Civil Veterinary Dept. North-West Frontier Province 1933-46 - 1933-1946
Year: 1933
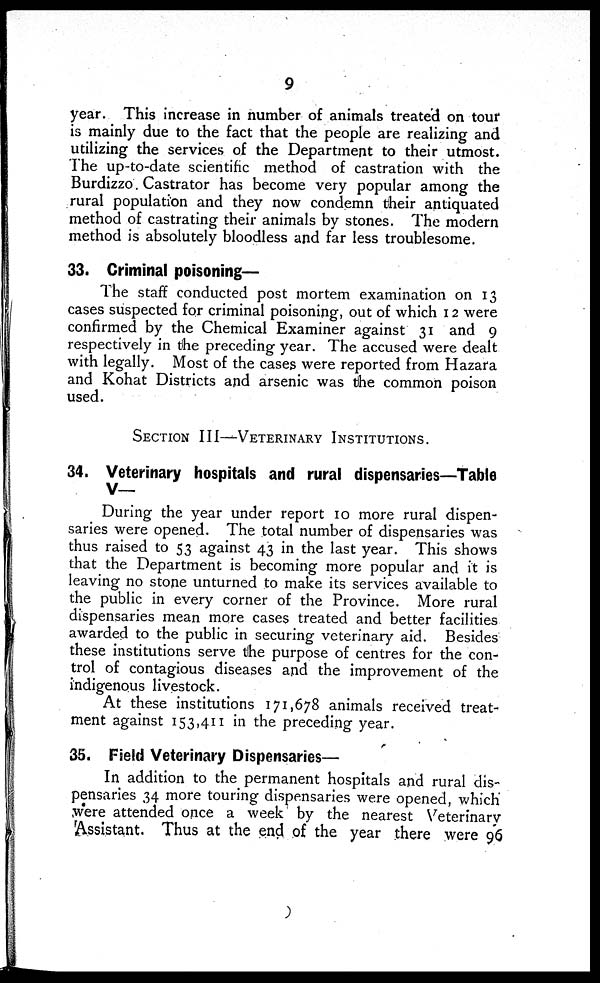
9
year. This increase in number of animals treated on tour
is mainly due to the fact that the people are realizing and
utilizing the services of the Department to their utmost.
The up-to-date scientific method of castration with the
Burdizzo. Castrator has become very popular among the
rural population and they now condemn their antiquated
method of castrating their animals by stones. The modern
method is absolutely bloodless and far less troublesome.
33. Criminal poisoning—
The staff conducted post mortem examination on 13
cases suspected for criminal poisoning, out of which 12 were
confirmed by the Chemical Examiner against 31 and 9
respectively in the preceding year. The accused were dealt
with legally. Most of the cases were reported from Hazara
and Kohat Districts and arsenic was the common poison
used.
SECTION III—VETERINARY INSTITUTION.
34. Veterinary hospitals and rural dispensaries—Table
V—
During the year under report 10 more rural dispen-
saries were opened. The total number of dispensaries was
thus raised to 53 against 43 in the last year. This shows
that the Department is becoming more popular and it is
leaving no stone unturned to make its services available to
the public in every corner of the Province. More rural
dispensaries mean more cases treated and better facilities
awarded to the public in securing veterinary aid. Besides
these institutions serve the purpose of centres for the con-
trol of contagious diseases and the improvement of the
indigenous livestock.
At these institutions 171,678 animals received treat-
ment against 153,411 in the preceding year.
35. Field Veterinary Dispensaries—
In addition to the permanent hospitals and rural dis-
pensaries 34 more touring dispensaries were opened, which
were attended once a week by the nearest Veterinary
Assistant. Thus at the end of the year there were 96